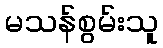
မသန်စွမ်းသူ